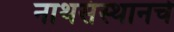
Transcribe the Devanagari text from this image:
नाथसंस्थानचे